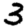
Digit: 3